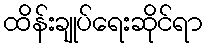
ထိန်းချုပ်ရေးဆိုင်ရာ